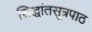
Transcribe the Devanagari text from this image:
सिद्धांतसूत्रपाठ